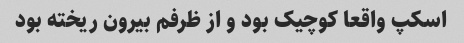
اسکپ واقعا کوچیک بود و از ظرفم بیرون ریخته بود